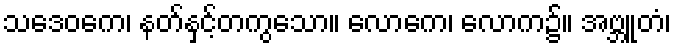
သဒေဝကေ၊ နတ်နှင့်တကွသော။ လောကေ၊ လောက၌။ အဗ္ဘူတံ၊